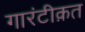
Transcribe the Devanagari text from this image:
गारंटीक़त